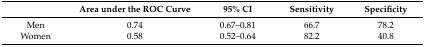
|  | Area under the ROC Curve | 95% CI | Sensitivity | Specificity |
 | --- | --- | --- | --- | --- |
 | Men | 0.74 | 0.67–0.81 | 66.7 | 78.2 |
 | Women | 0.58 | 0.52–0.64 | 82.2 | 40.8 |